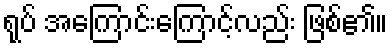
ရုပ် အကြောင်းကြောင့်လည်း ဖြစ်၏။